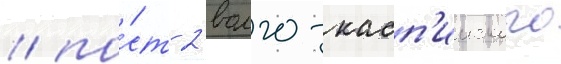
/ по́ст 2 волго-касп'ииского